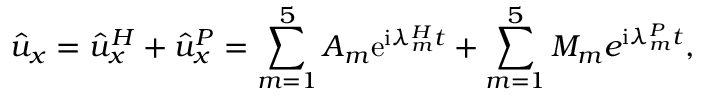
\hat { u } _ { x } = \hat { u } _ { x } ^ { H } + \hat { u } _ { x } ^ { P } = \sum _ { m = 1 } ^ { 5 } A _ { m } \mathrm { e } ^ { \mathrm { i } \lambda _ { m } ^ { H } t } + \sum _ { m = 1 } ^ { 5 } M _ { m } e ^ { \mathrm { i } \lambda _ { m } ^ { P } t } ,